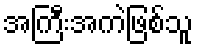
အကြီးအကဲဖြစ်သူ